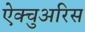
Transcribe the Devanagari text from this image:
ऐक्चुअरिस